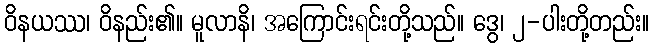
ဝိနယဿ၊ ဝိနည်း၏။ မူလာနိ၊ အကြောင်းရင်းတို့သည်။ ဒွေ၊ ၂-ပါးတို့တည်း။